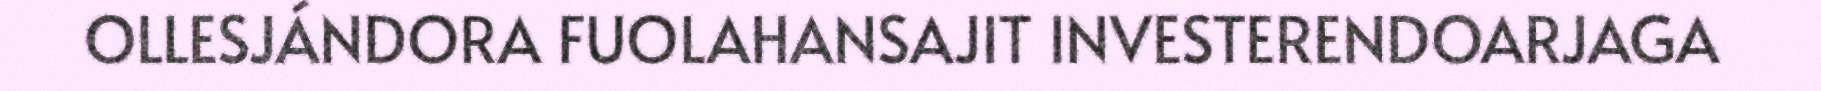
OLLESJÁNDORA FUOLAHANSAJIT INVESTERENDOARJAGA